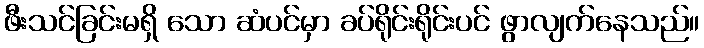
ဖီးသင်ခြင်းမရှိ သော ဆံပင်မှာ ခပ်ရိုင်းရိုင်းပင် ဖွာလျက်နေသည်။